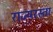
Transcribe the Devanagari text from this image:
राज्यरस्ता